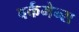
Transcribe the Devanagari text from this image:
वर्कमेन्स